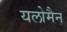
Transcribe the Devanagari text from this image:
यलोमैन